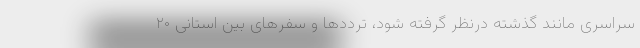
سراسری مانند گذشته درنظر گرفته شود، ترددها و سفرهای بین استانی ۲۰